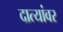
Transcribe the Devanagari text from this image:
दात्यांवर